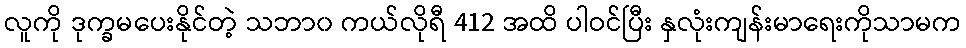
လူကို ဒုက္ခမပေးနိုင်တဲ့ သဘာ၀ ကယ်လိုရီ 412 အထိ ပါဝင်ပြီး နှလုံးကျန်းမာရေးကိုသာမက